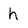
Character: h